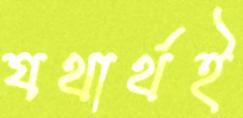
যথার্থই